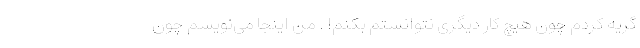
گریه کردم چون هیچ کار دیگری نتوانستم بکنم! . من اینجا می‌نویسم چون